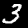
Label: 3